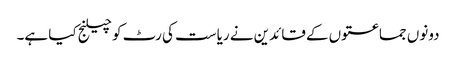
دونوں جماعتوں کے قائدین نے ریاست کی رٹ کو چیلنج کیا ہے۔